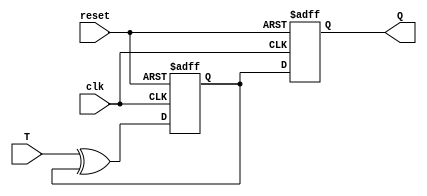
module T_flip_flop(
    input wire clk,
    input wire reset,
    input wire T,
    output reg Q
);

reg master_FF;
reg slave_FF;

always @(posedge clk or posedge reset) begin
    if (reset) begin
        master_FF <= 1'b0;
        slave_FF <= 1'b0;
    end else begin
        master_FF <= T ^ master_FF;
        slave_FF <= master_FF;
    end
end

assign Q = slave_FF;

endmodule